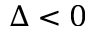
\Delta < 0